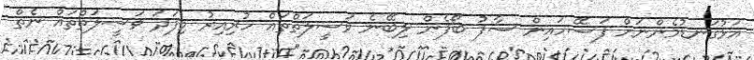
އަޅުގަނޑުމެންނަށް ފަސޭހައިން ސާފު ބޯފެން ލިބޭނެ ވަސީލަތްތައް ހުރިއިރު މިފަދަ ވަސީލަތްތައް ނެތް